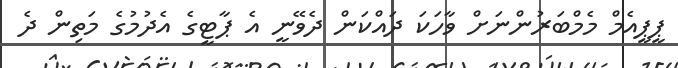
ޕީޕީއެމް މެމްބަރުންނަށް ވާހަކަ ދައްކަން ދެވޭނީ އެ ޕާޓީގެ އެދުމުގެ މަތިން ދެ